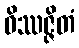
ဝိဿဇ္ဇိတံ